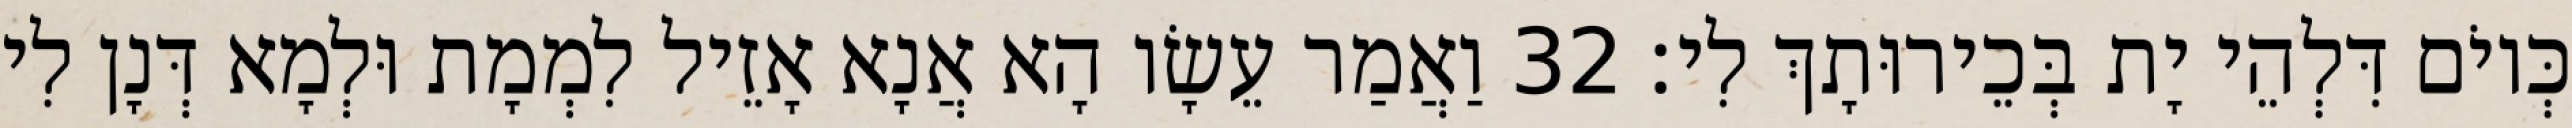
כְּיוֹם דִּלְהֵי יָת בְּכֵירוּתָךְ לִי׃ 32 וַאֲמַר עֵשָׂו הָא אֲנָא אָזֵיל לִמְמָת וּלְמָא דְּנָן לִי